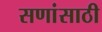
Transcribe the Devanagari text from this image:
सणांसाठी